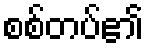
စစ်တပ်၏